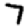
Digit: 7